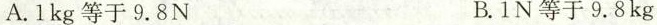
A.1kg等于9.8N B.1N等于9.8kg